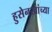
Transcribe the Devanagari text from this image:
हुसेनखांच्या